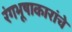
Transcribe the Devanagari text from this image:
रंगभूषाकारांचे